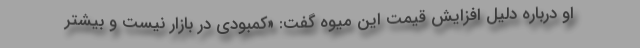
او درباره دلیل افزایش قیمت این میوه گفت: «کمبودی در بازار نیست و بیشتر